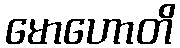
မောဟောတိ